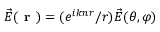
\vec { E } ( \textbf { r } ) = ( e ^ { i k n r } / r ) \vec { E } ( \theta , \varphi )